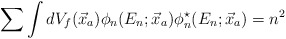
\begin{align*}\sum \int dV_{f}(\vec{x}_{a})\phi_{n}(E_{n};\vec{x}_{a})\phi_{n}^{\star}(E_{n};\vec{x}_{a}) = n^{2}\end{align*}